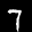
Label: 7